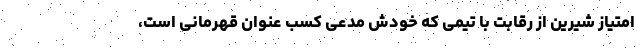
امتیاز شیرین از رقابت با تیمی که خودش مدعی کسب عنوان قهرمانی است،